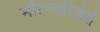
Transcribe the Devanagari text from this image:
मॉइस्चरिज़ेर्स